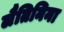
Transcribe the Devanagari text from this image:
लैतिनिना